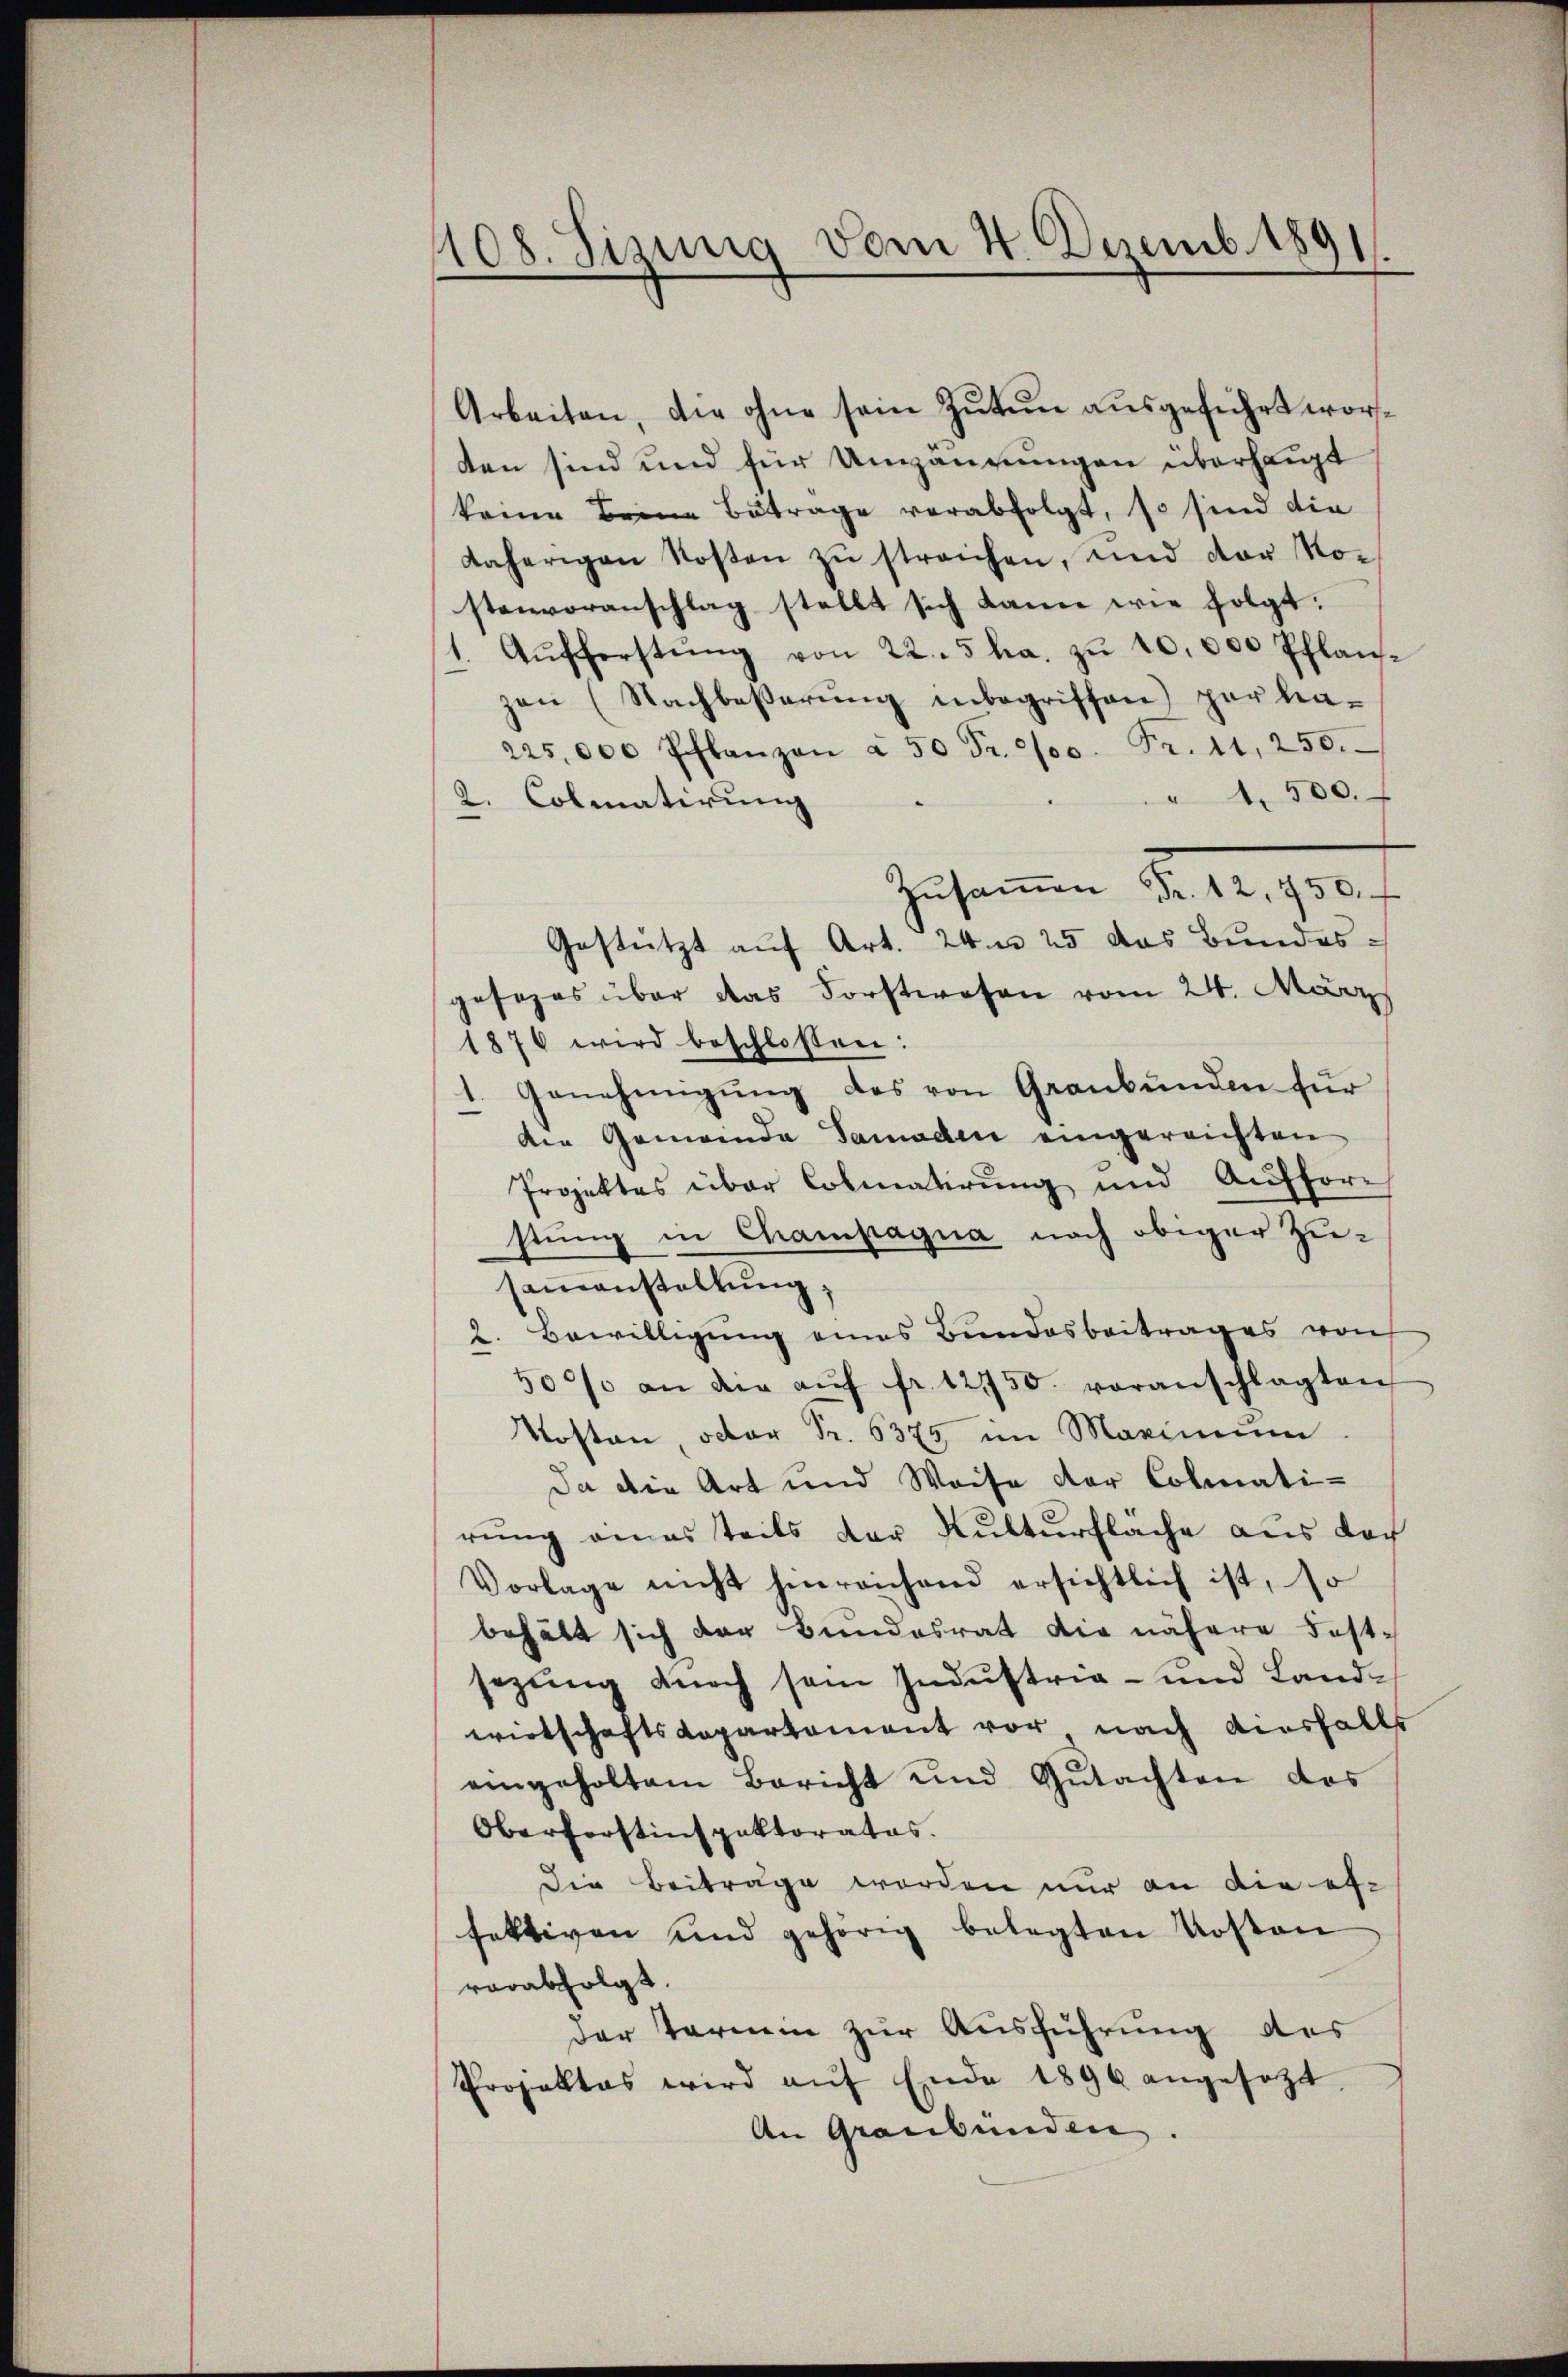
108. Sizung vom 4. Dezemb. 1891.

Arbeiten, die ohne sein Zutun ausgeführt worten sind und für Umzäumungen überhaupt
keine Beine Betrage verabfolgt, so sind die
daherigen Kosten zŭ streichen, und der Nostenvoranschlag stellt sich kann wie folgt:
Aŭfferstŭng von 22. 5 ha. zŭ 10,000 Pflanzzen (Nachbeβerŭng inbegriffen) per la-
225,000 Pflanzen à 50 Fr. 200. Fr. 11, 250.
" 4500.
2. Colmatirung
Zusammen Fr. 12, 450. f
Gestützt auf Art. 24 n 25 das Bundes-
gesezes über das Forstwesen vom 24. März
1876 wird beschloßen:
Genehmigŭng des von Graubünden für
die Gemeinde Samaden eingereichten
Projektes über Colmatirung und Aufforstung in Champagna noch obiger Zusamanstaltung,
2. Bewilligung eines Bundesbeitrages von
50% an die aŭf fr. 12750. voranschlagten
Kosten, oder Fr. 6375, im Maximum
Da die Art und Weise der Colmatirung eines teils der Kulturfläche aus der
Vorlage nicht hinreichend ersichtlich ist, so
behält sich der Bundesrat die nähere Fest-
sezung dŭrch sein Indŭstria- und Landwirtschaftsdepartement vor, nach diesfalls
eingeholten Bericht und Gŭtachten des
Oberforstinspektorates.
Die Beiträge worden nur an die effektiven und gehörig belegten Kosten
verabfolgt.
der Termin zur Ausführung des
Projektes wird aŭf Ende 1896 angesezt.
An Graubünden.